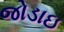
જોડાઇ